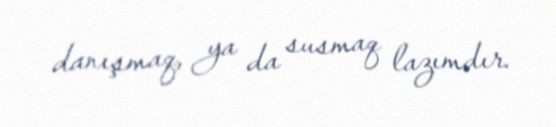
danışmaq, ya da susmaq lazımdır.